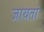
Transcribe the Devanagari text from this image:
जायतां